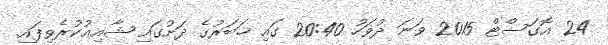
24 އޮގަސްޓް 2015 ވަނަ ދުވަހު 20:40 ގައި ޚަބަރުގެ ދަށުގައި ޝާއިޢުކުރެވިފައި.